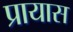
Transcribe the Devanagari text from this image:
प्रायास